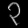
Digit: ၃